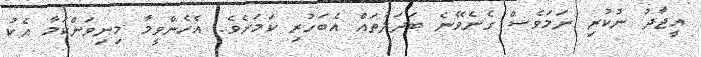
އީޖާދު ނުކުރި ނަމަވެސް ގެނެވޭނެ ބަދަލުތައް އެބަހުރި ކަމަށެވެ. އެހެންވީމާ މިނިވަންކަމާ އެކު